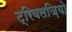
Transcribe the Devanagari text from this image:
ट्रिवलज़ियो